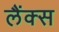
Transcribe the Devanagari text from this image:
लैंक्स